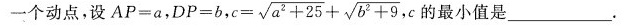
一个动点，设$$A P = a$$，$$D P = b$$， $$c =\sqrt{a ^ { 2 } + 2 5 } + \sqrt{ b ^ { 2 } + 9 }$$， c的最小值是___。